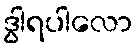
ဒွါရပါလော